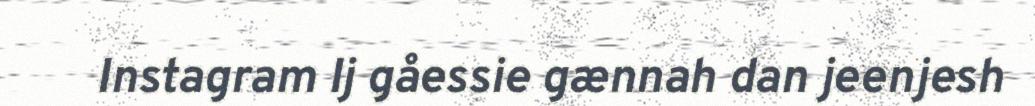
Instagram Ij gåessie gænnah dan jeenjesh